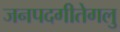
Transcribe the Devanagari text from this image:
जनपदगीतेगलु